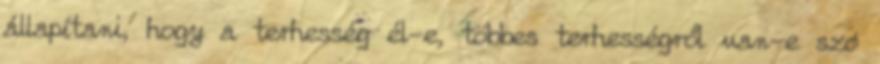
állapítani, hogy a terhesség él-e, többes terhességről van-e szó